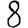
Digit: 8